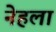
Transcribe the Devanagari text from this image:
नेहला